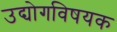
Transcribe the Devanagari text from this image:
उद्योगविषयक